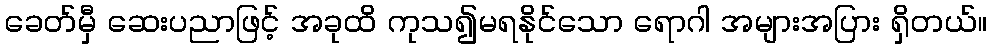
ခေတ်မှီ ဆေးပညာဖြင့် အခုထိ ကုသ၍မရနိုင်သော ရောဂါ အများအပြား ရှိတယ်။